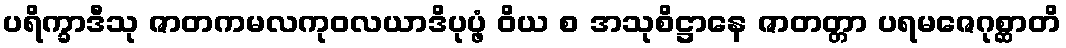
ပရိက္ခာဒီသု ဇာတကမလကုဝလယာဒိပုပ္ဖံ ဝိယ စ အသုစိဋ္ဌာနေ ဇာတတ္တာ ပရမဇေဂုစ္ဆာတိ